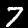
Digit: 7